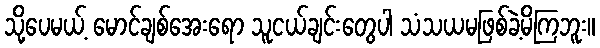
သို့ပေမယ့် မောင်ချစ်အေးရော သူငယ်ချင်းတွေပါ သံသယမဖြစ်ခဲ့မိကြဘူး။